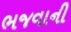
ભજવાની